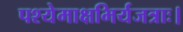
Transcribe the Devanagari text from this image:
पश्येमाक्षभिर्यजत्राः।